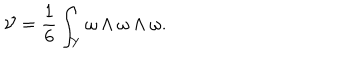
{ \cal V } = \frac { 1 } { 6 } \int _ { Y } \omega \wedge \omega \wedge \omega .